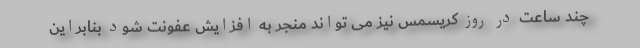
چند ساعت در روز کریسمس نیز می تواند منجر به افزایش عفونت شود بنابراین